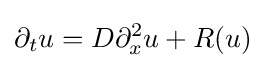
\partial _{t}u=D\partial _{x}^{2}u+R(u)